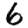
Digit: 6